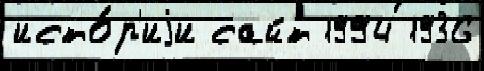
исто́р'иjи сайт 1994 1936